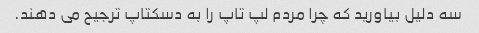
سه دلیل بیاورید که چرا مردم لپ تاپ را به دسکتاپ ترجیح می دهند.